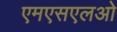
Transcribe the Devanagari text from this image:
एमएसएलओ